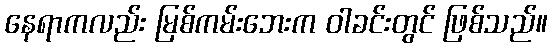
နေရာကလည်း မြစ်ကမ်းဘေးက ဝါခင်းတွင် ဖြစ်သည်။